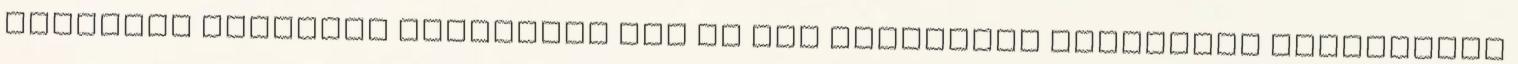
elemekre egyaránt szükségük van Ha nem adagolunk megfelelő mennyiségű